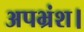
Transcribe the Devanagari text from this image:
अपभ्रंश।